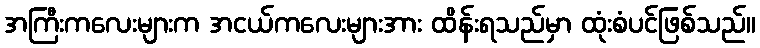
အကြီးကလေးများက အငယ်ကလေးများအား ထိန်းရသည်မှာ ထုံးစံပင်ဖြစ်သည်။